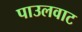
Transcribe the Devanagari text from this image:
पाउलवाट